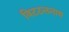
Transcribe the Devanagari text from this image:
विटठलनाथ